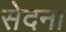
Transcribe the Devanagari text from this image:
सेदना